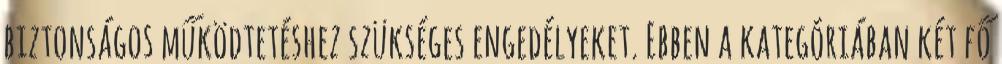
biztonságos működtetéshez szükséges engedélyeket. Ebben a kategóriában két fő